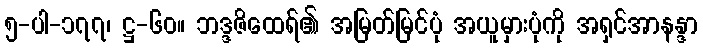
၅-ပါ-၁၇၇၊ ဋ္ဌ-၆၀။ ဘဒ္ဒဇိထေရ်၏ အမြတ်မြင်ပုံ အယူမှားပုံကို အရှင်အာနန္ဒာ